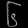
Digit: ၆